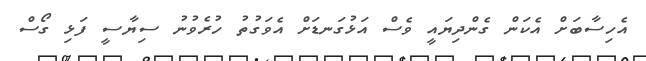
އެހިސާބަށް އެކަން ގެންދިޔައީ ވެސް އަޅުގަނޑަށް އެވަގުތު ހުރެވުނު ސިޔާސީ ފަޅި ގޯސް